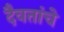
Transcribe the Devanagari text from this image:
दैवतांचे